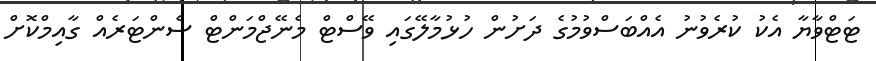
ޓަޓްވާޔާ އެކު ކުރެވުނު އެއްބަސްވުމުގެ ދަށުން ހުޅުމާލޭގައި ވޭސްޓް މެނޭޖްމަންޓް ސެންޓަރެއް ގާއިމްކޮށް